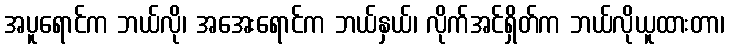
အပူရောင်က ဘယ်လို၊ အအေးရောင်က ဘယ်နှယ်၊ လိုက်အင်ရှိတ်က ဘယ်လိုယူထားတာ၊